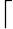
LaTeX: \lceil